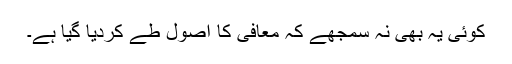
کوئی یہ بھی نہ سمجھے کہ معافی کا اصول طے کردیا گیا ہے۔